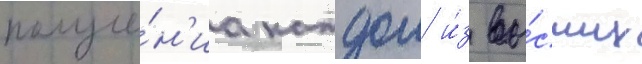
получе́н'иа каждои и́з вы́сших